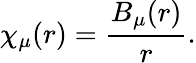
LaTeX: \chi_{\mu}(r)=\frac{B_{\mu}(r)}{r}.